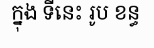
ក្នុង ទីនេះ រូប ខន្ធ